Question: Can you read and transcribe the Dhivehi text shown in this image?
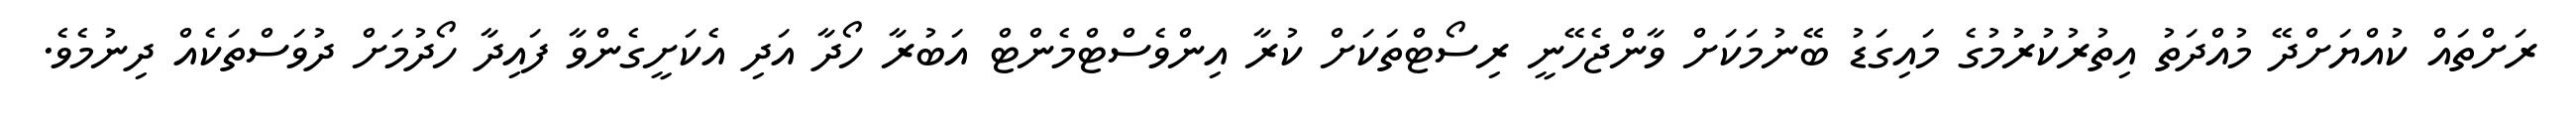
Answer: ރަށްތައް ކުއްޔަށްދޭ މުއްދަތު އިތުރުކުރުމުގެ މައިގަޑު ބޭނުމަކަށް ވާންޖެހޭނީ ރިސޯޓްތަކަށް ކުރާ އިންވެސްޓްމެންޓް އަބުރާ ހޯދާ އަދި އެކަށީގެންވާ ފައިދާ ހޯދުމަށް ދުވަސްތަކެއް ދިނުމެވެ.